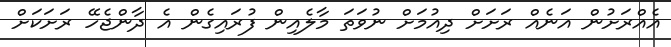
އެއްރަށުން އަނެއް ރަށަށް ދިއުމަށް ނުވަތަ މާލެއިން ފުރައިގެން އެ ދާންޖެހޭ ރަށަކަށް